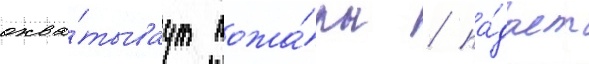
охва́тываут пожа́ры / па́дает